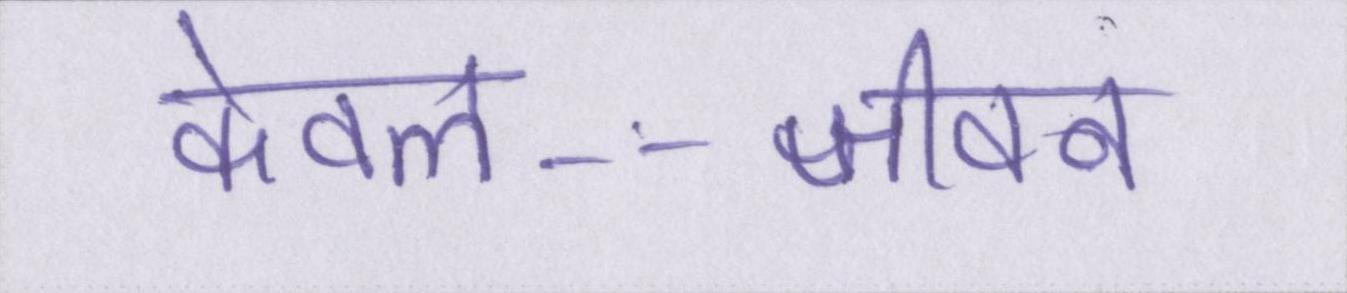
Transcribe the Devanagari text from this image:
केवल--जीवन